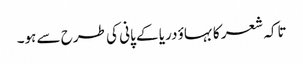
تاکہ شعر کا بہاؤ دریا کے پانی کی طرح سے ہو۔